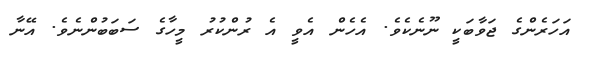
އަހަރެންގެ ޖަވާބަކީ ނޫނެކެވެ. އެހެން އެވީ އެ ރުންކުރު މީހާގެ ސަބަބުންނެވެ. އޭނާ